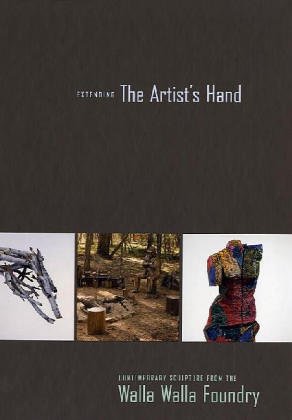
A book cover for Extending The Artist's Hand: Contemporary Sculpture From The Walla Walla Foundry.; Mark A. Anderson; Arts & Photography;